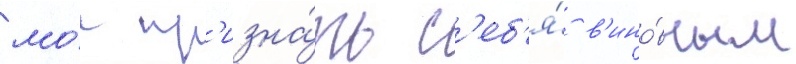
мо́г пр'изна́ть с'еб'я́ в'ино́вным